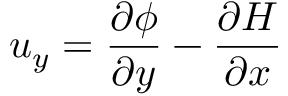
u _ { y } = \frac { \partial \phi } { \partial y } - \frac { \partial H } { \partial x }